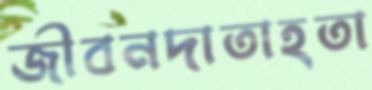
জীবনদাতাহতা